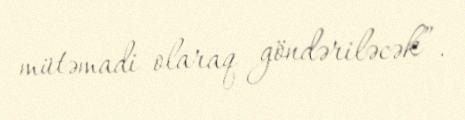
mütəmadi olaraq göndəriləcək”.